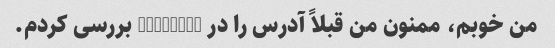
من خوبم، ممنون من قبلاً آدرس را در mapquest بررسی کردم.